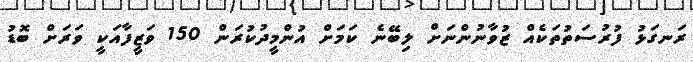
ރަނގަޅު ފުރުސަތުތަކެއް ޒުވާނުންނަށް ލިބޭނެ ކަމަށް އުންމީދުކުރަން 150 ވަޒީފާއަކީ ވަރަށް ބޮޑު